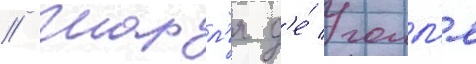
// Шарл'я д'е́ голл'я